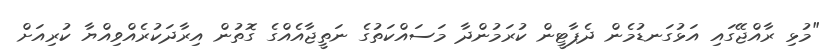
"މުޅި ރާއްޖޭގައި އަޅުގަނޑުމެން ދެޕާޓީން ކުރަމުންދާ މަސައްކަތުގެ ނަތީޖާއެއްގެ ގޮތުން އިރާދަކުރެއްވިއްޔާ ކުރިއަށް